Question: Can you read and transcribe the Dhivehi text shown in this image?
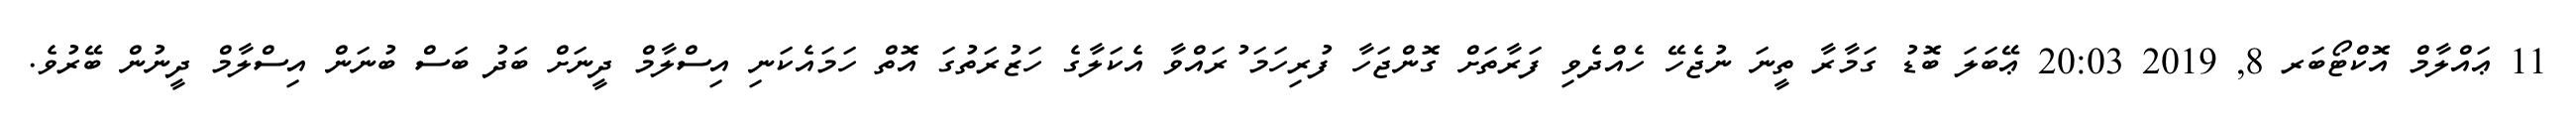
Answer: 11 ޢައްލާމް އޮކްޓޯބަރ 8, 2019 20:03 ޢޭބަލަ ބޮޑު ގަމާރާ ތީނަ ނުޖެހޭ ހެއްދެވި ފަރާތަށް ގޮންޖަހާ ފުރިހަމަ ުރައްވާ އެކަލާގެ ހަޒުރަތުގަ އޮތް ހަމައެކަނި އިސްލާމް ދީނަށް ބަދު ބަސް ބުނަން އިސްލާމް ދީނުން ބޭރުވެ.